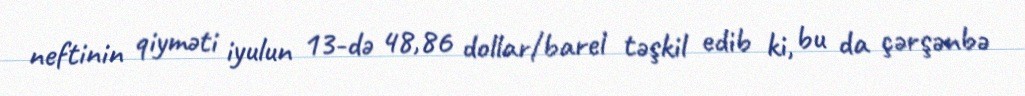
neftinin qiyməti iyulun 13-də 48,86 dollar/barel təşkil edib ki, bu da çərşənbə